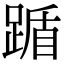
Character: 踲